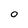
Character: O